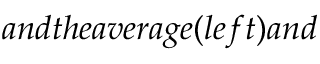
a n d t h e a v e r a g e ( l e f t ) a n d